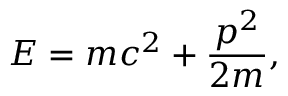
E = m c ^ { 2 } + { \frac { p ^ { 2 } } { 2 m } } ,